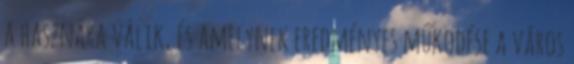
a hasznára válik, és amelynek eredményes működése a város